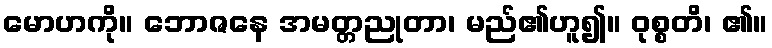
မောဟကို။ ဘောဇနေ အမတ္တညုတာ၊ မည်၏ဟူ၍။ ဝုစ္စတိ၊ ၏။